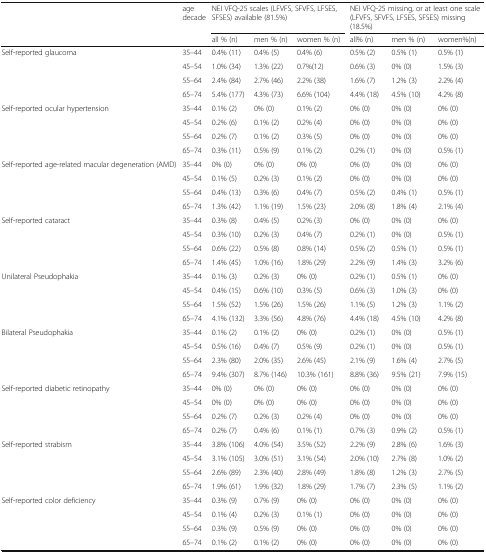
<table><thead><tr><td rowspan="2"></td><td rowspan="2"><b>age decade</b></td><td colspan="3"><b>NEI VFQ-25 scales (LFVFS, SFVFS, LFSES, SFSES) available (81.5%)</b></td><td colspan="3"><b>NEI VFQ-25 missing, or at least one scale (LFVFS, SFVFS, LFSES, SFSES) missing (18.5%)</b></td></tr><tr><td><b>all % (n)</b></td><td><b>men % (n)</b></td><td><b>women % (n)</b></td><td><b>all% (n)</b></td><td><b>men % (n)</b></td><td><b>women%(n)</b></td></tr></thead><tbody><tr><td rowspan="4">Self-reported glaucoma</td><td>35–44</td><td>0.4% (11)</td><td>0.4% (5)</td><td>0.4% (6)</td><td>0.5% (2)</td><td>0.5% (1)</td><td>0.5% (1)</td></tr><tr><td>45–54</td><td>1.0% (34)</td><td>1.3% (22)</td><td>0.7%(12)</td><td>0.6% (3)</td><td>0% (0)</td><td>1.5% (3)</td></tr><tr><td>55–64</td><td>2.4% (84)</td><td>2.7% (46)</td><td>2.2% (38)</td><td>1.6% (7)</td><td>1.2% (3)</td><td>2.2% (4)</td></tr><tr><td>65–74</td><td>5.4% (177)</td><td>4.3% (73)</td><td>6.6% (104)</td><td>4.4% (18)</td><td>4.5% (10)</td><td>4.2% (8)</td></tr><tr><td rowspan="4">Self-reported ocular hypertension</td><td>35–44</td><td>0.1% (2)</td><td>0% (0)</td><td>0.1% (2)</td><td>0% (0)</td><td>0% (0)</td><td>0% (0)</td></tr><tr><td>45–54</td><td>0.2% (6)</td><td>0.1% (2)</td><td>0.2% (4)</td><td>0% (0)</td><td>0% (0)</td><td>0% (0)</td></tr><tr><td>55–64</td><td>0.2% (7)</td><td>0.1% (2)</td><td>0.3% (5)</td><td>0% (0)</td><td>0% (0)</td><td>0% (0)</td></tr><tr><td>65–74</td><td>0.3% (11)</td><td>0.5% (9)</td><td>0.1% (2)</td><td>0.2% (1)</td><td>0% (0)</td><td>0.5% (1)</td></tr><tr><td rowspan="4">Self-reported age-related macular degeneration (AMD)</td><td>35–44</td><td>0% (0)</td><td>0% (0)</td><td>0% (0)</td><td>0% (0)</td><td>0% (0)</td><td>0% (0)</td></tr><tr><td>45–54</td><td>0.1% (5)</td><td>0.2% (3)</td><td>0.1% (2)</td><td>0% (0)</td><td>0% (0)</td><td>0% (0)</td></tr><tr><td>55–64</td><td>0.4% (13)</td><td>0.3% (6)</td><td>0.4% (7)</td><td>0.5% (2)</td><td>0.4% (1)</td><td>0.5% (1)</td></tr><tr><td>65–74</td><td>1.3% (42)</td><td>1.1% (19)</td><td>1.5% (23)</td><td>2.0% (8)</td><td>1.8% (4)</td><td>2.1% (4)</td></tr><tr><td rowspan="4">Self-reported cataract</td><td>35–44</td><td>0.3% (8)</td><td>0.4% (5)</td><td>0.2% (3)</td><td>0% (0)</td><td>0% (0)</td><td>0% (0)</td></tr><tr><td>45–54</td><td>0.3% (10)</td><td>0.2% (3)</td><td>0.4% (7)</td><td>0.2% (1)</td><td>0% (0)</td><td>0.5% (1)</td></tr><tr><td>55–64</td><td>0.6% (22)</td><td>0.5% (8)</td><td>0.8% (14)</td><td>0.5% (2)</td><td>0.5% (1)</td><td>0.5% (1)</td></tr><tr><td>65–74</td><td>1.4% (45)</td><td>1.0% (16)</td><td>1.8% (29)</td><td>2.2% (9)</td><td>1.4% (3)</td><td>3.2% (6)</td></tr><tr><td rowspan="4">Unilateral Pseudophakia</td><td>35–44</td><td>0.1% (3)</td><td>0.2% (3)</td><td>0% (0)</td><td>0.2% (1)</td><td>0.5% (1)</td><td>0% (0)</td></tr><tr><td>45–54</td><td>0.4% (15)</td><td>0.6% (10)</td><td>0.3% (5)</td><td>0.6% (3)</td><td>1.0% (3)</td><td>0% (0)</td></tr><tr><td>55–64</td><td>1.5% (52)</td><td>1.5% (26)</td><td>1.5% (26)</td><td>1.1% (5)</td><td>1.2% (3)</td><td>1.1% (2)</td></tr><tr><td>65–74</td><td>4.1% (132)</td><td>3.3% (56)</td><td>4.8% (76)</td><td>4.4% (18)</td><td>4.5% (10)</td><td>4.2% (8)</td></tr><tr><td rowspan="4">Bilateral Pseudophakia</td><td>35–44</td><td>0.1% (2)</td><td>0.1% (2)</td><td>0% (0)</td><td>0.2% (1)</td><td>0% (0)</td><td>0.5% (1)</td></tr><tr><td>45–54</td><td>0.5% (16)</td><td>0.4% (7)</td><td>0.5% (9)</td><td>0.2% (1)</td><td>0% (0)</td><td>0.5% (1)</td></tr><tr><td>55–64</td><td>2.3% (80)</td><td>2.0% (35)</td><td>2.6% (45)</td><td>2.1% (9)</td><td>1.6% (4)</td><td>2.7% (5)</td></tr><tr><td>65–74</td><td>9.4% (307)</td><td>8.7% (146)</td><td>10.3% (161)</td><td>8.8% (36)</td><td>9.5% (21)</td><td>7.9% (15)</td></tr><tr><td rowspan="4">Self-reported diabetic retinopathy</td><td>35–44</td><td>0% (0)</td><td>0% (0)</td><td>0% (0)</td><td>0% (0)</td><td>0% (0)</td><td>0% (0)</td></tr><tr><td>45–54</td><td>0% (0)</td><td>0% (0)</td><td>0% (0)</td><td>0% (0)</td><td>0% (0)</td><td>0% (0)</td></tr><tr><td>55–64</td><td>0.2% (7)</td><td>0.2% (3)</td><td>0.2% (4)</td><td>0% (0)</td><td>0% (0)</td><td>0% (0)</td></tr><tr><td>65–74</td><td>0.2% (7)</td><td>0.4% (6)</td><td>0.1% (1)</td><td>0.7% (3)</td><td>0.9% (2)</td><td>0.5% (1)</td></tr><tr><td rowspan="4">Self-reported strabism</td><td>35–44</td><td>3.8% (106)</td><td>4.0% (54)</td><td>3.5% (52)</td><td>2.2% (9)</td><td>2.8% (6)</td><td>1.6% (3)</td></tr><tr><td>45–54</td><td>3.1% (105)</td><td>3.0% (51)</td><td>3.1% (54)</td><td>2.0% (10)</td><td>2.7% (8)</td><td>1.0% (2)</td></tr><tr><td>55–64</td><td>2.6% (89)</td><td>2.3% (40)</td><td>2.8% (49)</td><td>1.8% (8)</td><td>1.2% (3)</td><td>2.7% (5)</td></tr><tr><td>65–74</td><td>1.9% (61)</td><td>1.9% (32)</td><td>1.8% (29)</td><td>1.7% (7)</td><td>2.3% (5)</td><td>1.1% (2)</td></tr><tr><td rowspan="4">Self-reported color deficiency</td><td>35–44</td><td>0.3% (9)</td><td>0.7% (9)</td><td>0% (0)</td><td>0% (0)</td><td>0% (0)</td><td>0% (0)</td></tr><tr><td>45–54</td><td>0.1% (4)</td><td>0.2% (3)</td><td>0.1% (1)</td><td>0% (0)</td><td>0% (0)</td><td>0% (0)</td></tr><tr><td>55–64</td><td>0.3% (9)</td><td>0.5% (9)</td><td>0% (0)</td><td>0% (0)</td><td>0% (0)</td><td>0% (0)</td></tr><tr><td>65–74</td><td>0.1% (2)</td><td>0.1% (2)</td><td>0% (0)</td><td>0% (0)</td><td>0% (0)</td><td>0% (0)</td></tr></tbody></table>